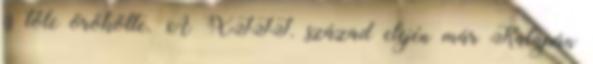
is tőle örökölte. A XIII. század elején már Katapán